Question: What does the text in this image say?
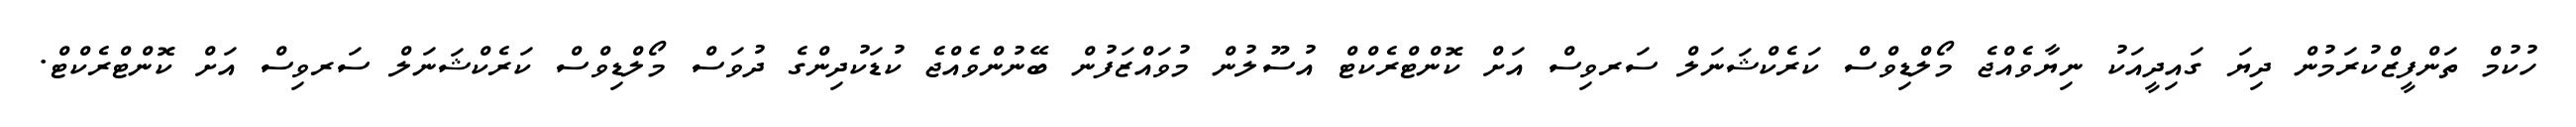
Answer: ހުކުމް ތަންފީޒްކުރަމުން ދިޔަ ގައިދީއަކު ނިޔާވެއްޖެ މޯލްޑިވްސް ކަރެކްޝަނަލް ސަރވިސް އަށް ކޮންޓްރެކްޓް އުސޫލުން މުވައްޒަފުން ބޭނުންވެއްޖެ ކުޑަކުދިންގެ ދުވަސް މޯލްޑިވްސް ކަރެކްޝަނަލް ސަރވިސް އަށް ކޮންޓްރެކްޓް.